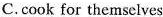
C.cook for themselves